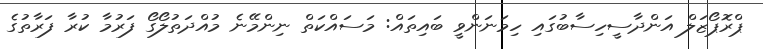
ޕްރޮޕޯޒަލް އަންދާސީހިސާބުގައި ހިމަނަންވީ ބައިތައް: މަސައްކަތް ނިންމޭނެ މުއްދަތުލޯގޯ ފަރުމާ ކުރާ ފަރާތުގެ